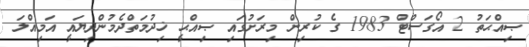
ޞިއްޙަތު 2 އޯގަސްޓް 1983 ގެ ކުރިން މިރަށުގައި ޞިއްޙީ ޚިދުމަތްދެމުންދިޔައީ އަމިއްލަ